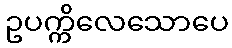
ဥပက္ကိလေသောပေ